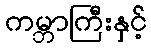
ကမ္ဘာကြီးနှင့်